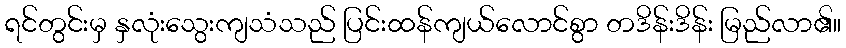
ရင်တွင်းမှ နှလုံးသွေးကျသံသည် ပြင်းထန်ကျယ်လောင်စွာ တဒိန်းဒိန်း မြည်လာ၏။